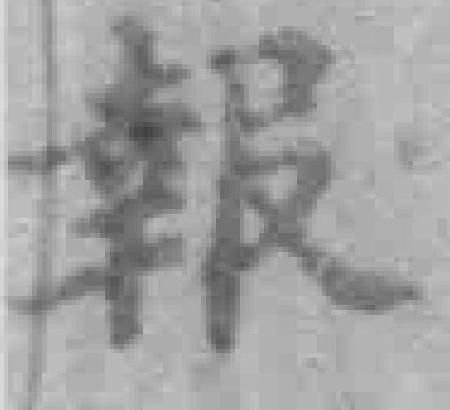
報